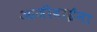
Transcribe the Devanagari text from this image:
आजीबाईंना